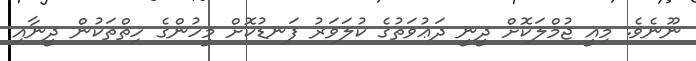
ނޫނެވެ. މިއީ ޖުމްލަކޮށް ދީނީ ދަޢުވަތުގެ ކުލަވަރު ފަނޑުކޮށް މީހުންގެ ހިތްތަކުން ދީނާއި